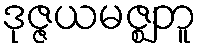
ဒုဇ္ဇယမဇ္ဈဘူ